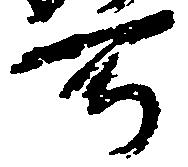
所